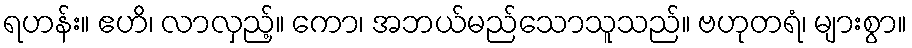
ရဟန်း။ ဧဟိ၊ လာလှည့်။ ကော၊ အဘယ်မည်သောသူသည်။ ဗဟုတရံ၊ များစွာ။